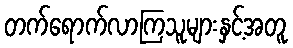
တက်ရောက်လာကြသူများနှင့်အတူ